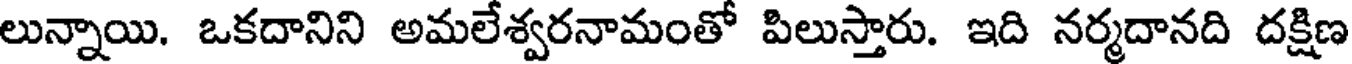
లున్నాయి. ఒకదానిని అమలేశ్వరనామంతో పిలుస్తారు. ఇది నర్మదానది దక్షిణ